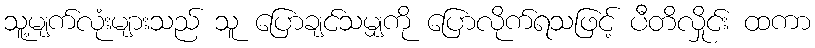
သူ့မျက်လုံးများသည် သူ ပြောချင်သမျှကို ပြောလိုက်ရသဖြင့် ပီတိလှိုင်း ထကာ